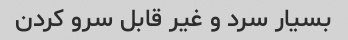
بسیار سرد و غیر قابل سرو کردن